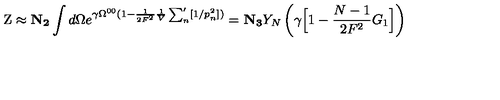
\mathrm { Z } \approx { \bf N _ { 2 } } \int d \Omega e ^ { \gamma \Omega ^ { 0 0 } ( 1 - \frac { 1 } { 2 F ^ { 2 } } \frac { 1 } { V } \sum _ { n } ^ { \prime } [ 1 / p _ { n } ^ { 2 } ] ) } = { \bf N _ { 3 } } Y _ { N } \left( \gamma \Big [ 1 - \frac { N - 1 } { 2 F ^ { 2 } } G _ { 1 } \Big ] \right)